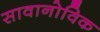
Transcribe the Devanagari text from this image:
सावानोविक